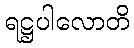
ရဋ္ဌပါလောတိ